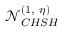
\mathcal { N } _ { C H S H } ^ { ( 1 , ~ \eta ) }